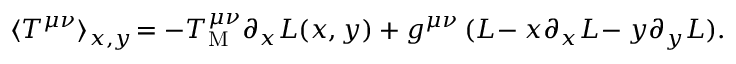
\langle T ^ { \mu \nu } \rangle _ { x , y } \! = - T _ { \mathrm { M } } ^ { \mu \nu } \partial _ { x } { \cal L } ( x , y ) + g ^ { \mu \nu } \, ( { \cal L } \! - x \partial _ { x } { \cal L } \! - y \partial _ { y } { \cal L } ) .